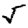
Digit: 5